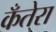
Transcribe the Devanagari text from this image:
कँतेरा